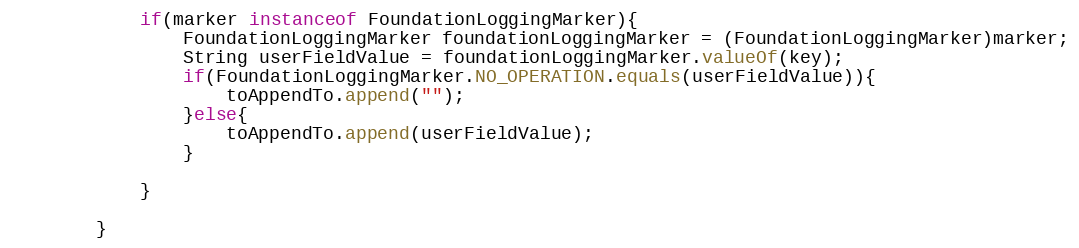
Language: Java
			if(marker instanceof FoundationLoggingMarker){
				FoundationLoggingMarker foundationLoggingMarker = (FoundationLoggingMarker)marker;
				String userFieldValue = foundationLoggingMarker.valueOf(key);
				if(FoundationLoggingMarker.NO_OPERATION.equals(userFieldValue)){
					toAppendTo.append("");
				}else{
					toAppendTo.append(userFieldValue);
				}

			}

		}